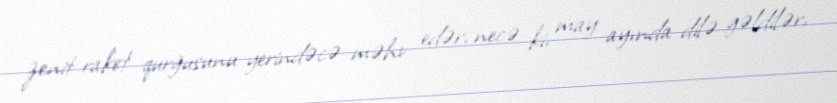
zenit-raket qurğusunu yerindəcə məhv edər, necə ki, may ayında dilə gəldilər,